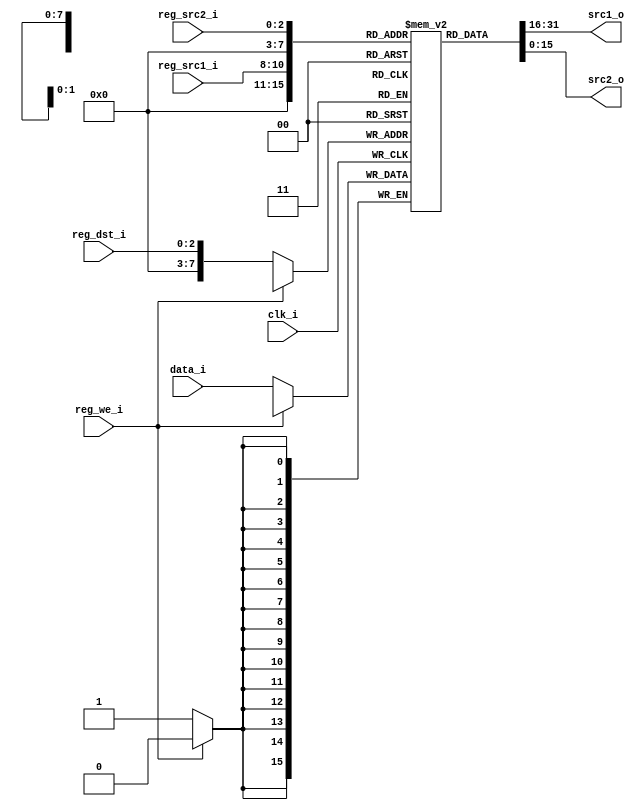
`default_nettype none

// --------------------------------------------------------------------------
// Register file 
// --------------------------------------------------------------------------

module RegisterFile
#(
    parameter DATA_WIDTH = 16,
    parameter WORDS = 8,
    parameter SELECT_SIZE = 3)   // 3bits = 8 = WORDS
(
    input wire clk_i,
    input wire reg_we_i,
    input wire [DATA_WIDTH-1:0] data_i,        // Data input
    // Destination reg write, Write = Active Low
    input wire [SELECT_SIZE-1:0] reg_dst_i,    // Reg destination select
    input wire [SELECT_SIZE-1:0] reg_src1_i,   // Source #1 select
    input wire [SELECT_SIZE-1:0] reg_src2_i,   // Source #2 select
    output wire [DATA_WIDTH-1:0] src1_o,       // Source 1 output
    output wire [DATA_WIDTH-1:0] src2_o        // Source 2 output
);

// The Registers
reg [DATA_WIDTH-1:0] bank [(1<<WORDS)-1:0];

// An alternative is to sync the outputs. This is Async
// See: "Digital Systems Design Using Verilog by Charles Roth, Lizy K. John, Byeong Kil Lee 2016 MIPS CPU"
// Dual port write
always @(negedge clk_i) begin
    if (~reg_we_i) begin
        bank[reg_dst_i] <= data_i;

        `ifdef SIMULATE
            $display("%d Write Reg File DIn: %h, Reg: ", $stime, data_i, reg_dst_i);
        `endif
    end
end

// Source outputs
assign src1_o = bank[reg_src1_i];
assign src2_o = bank[reg_src2_i];

endmodule